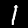
Digit: 1